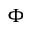
\Phi